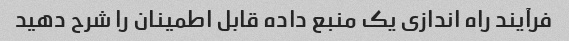
فرآیند راه اندازی یک منبع داده قابل اطمینان را شرح دهید